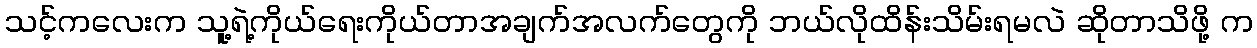
သင့်ကလေးက သူ့ရဲ့ကိုယ်ရေးကိုယ်တာအချက်အလက်တွေကို ဘယ်လိုထိန်းသိမ်းရမလဲ ဆိုတာသိဖို့ က